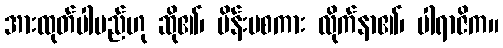
အားထုတ်ပါမည်ဟု ဆို၏၊ မိန်းမစကား လိုက်နာ၏၊ ပါရာဇိက။